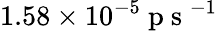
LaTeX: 1.58\times 10^{-5}\mathrm{~p~s~}^{-1}